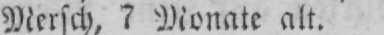
Mersch, 7 Monate alt.